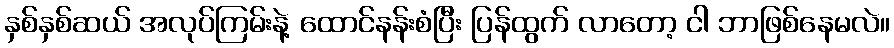
နှစ်နှစ်ဆယ် အလုပ်ကြမ်းနဲ့ ထောင်နန်းစံပြီး ပြန်ထွက် လာတော့ ငါ ဘာဖြစ်နေမလဲ။